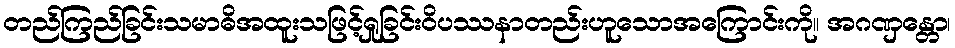
တည်ကြည်ခြင်းသမာဓိအထူးသဖြင့်ရှုခြင်းဝိပဿနာတည်းဟူသောအကြောင်းကို။ အဂဏှန္တော၊